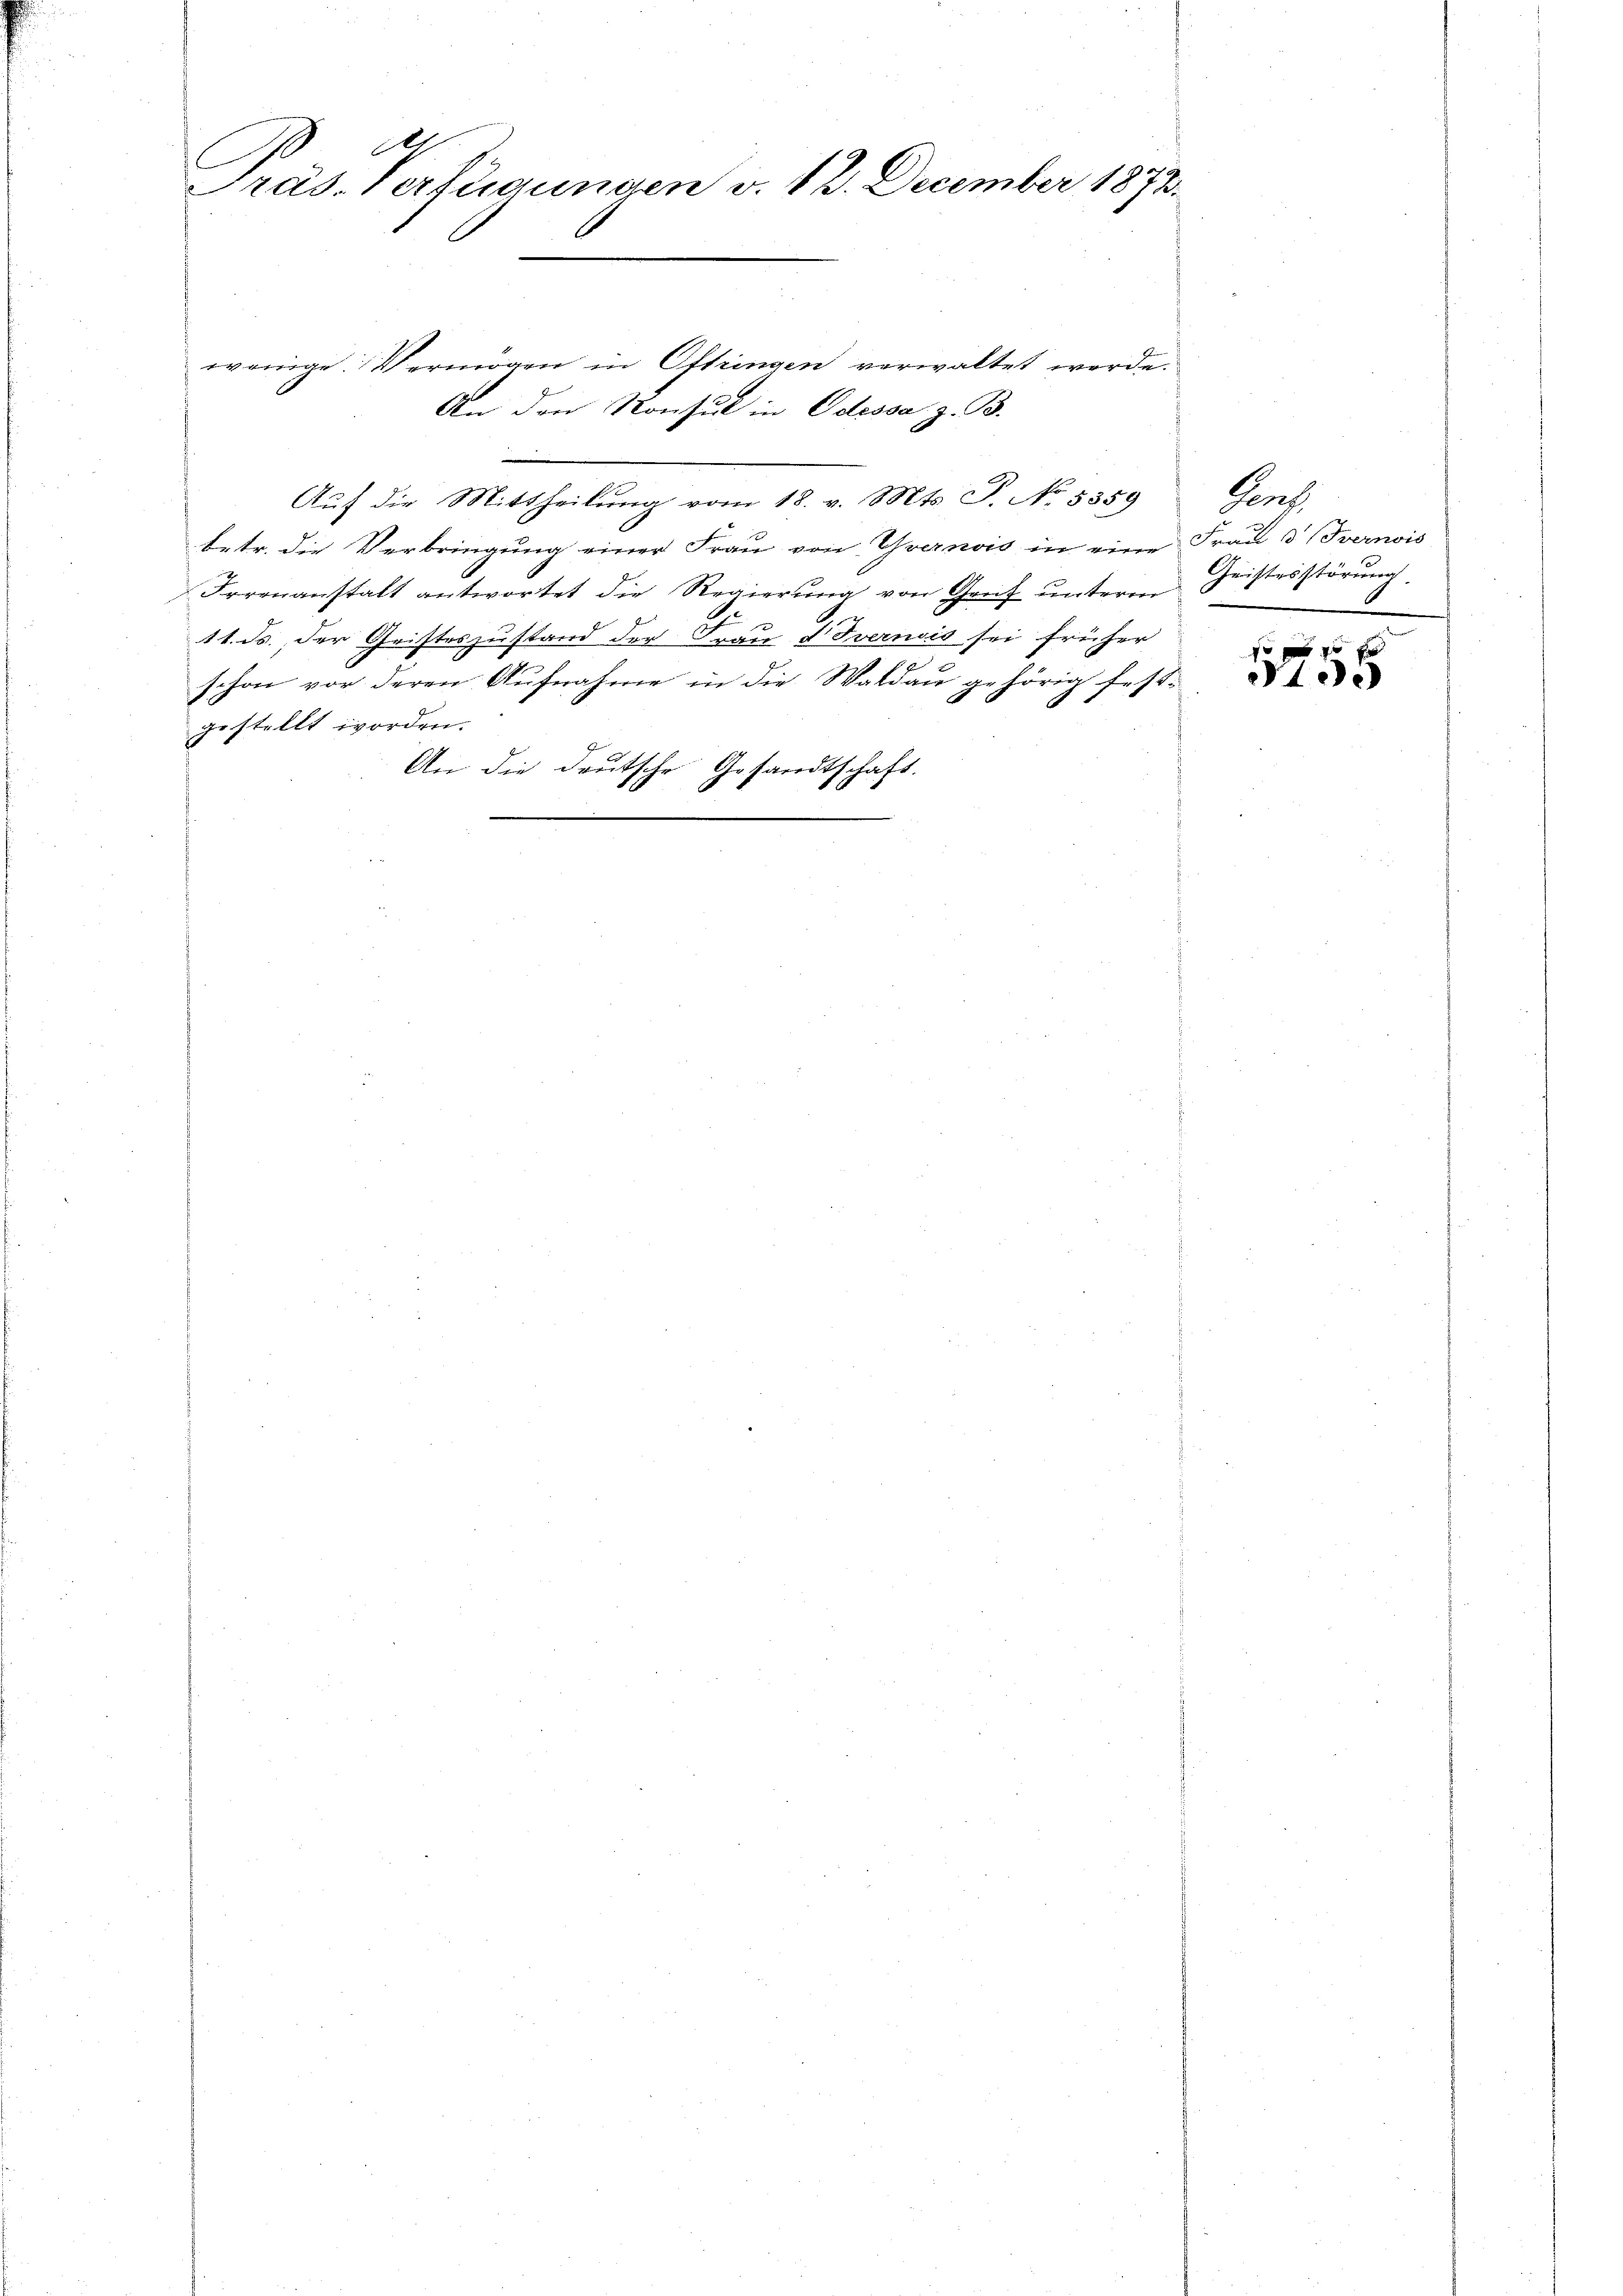
d
Präs. Verfügungen v. 12. December 1873.
6
C

wenige Vermögen in Oftringen verwaltet werde.
An den Konsul in Odessa z. B.
Aŭf die Mittheilŭng vom 18. Mts. S. No. 5359
betr. die Verbringung einer Frau von Yvernois in eine
Irrenanstatt antwortet die Regierung von Graz unterm
11. ds., der Geisteszustand der Frau & vernis sei früher
schon vor deren Aufnahme in die Waldau gehörig fest-
gestellt worden.
schaft.
d
An die deutsche Gesan¬

Le
Frau 3 vernois
Gristesstörung
2

10 f 40 x
349.